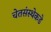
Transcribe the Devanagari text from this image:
चेतसंस्थेकडे